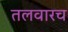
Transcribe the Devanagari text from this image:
तलवारच